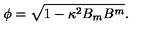
\phi = \sqrt { 1 - \kappa ^ { 2 } B _ { m } B ^ { m } } .